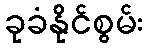
ခုခံနိုင်စွမ်း